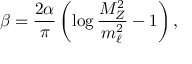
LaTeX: \beta = { \frac { 2 \alpha } { \pi } } \left( \log { \frac { M _ { Z } ^ { 2 } } { m _ { \ell } ^ { 2 } } } - 1 \right) ,